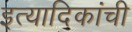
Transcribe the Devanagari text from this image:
इत्यादिकांची